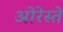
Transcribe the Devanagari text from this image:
ओरेस्ते